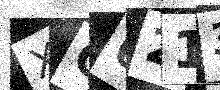
Text: XQ6213